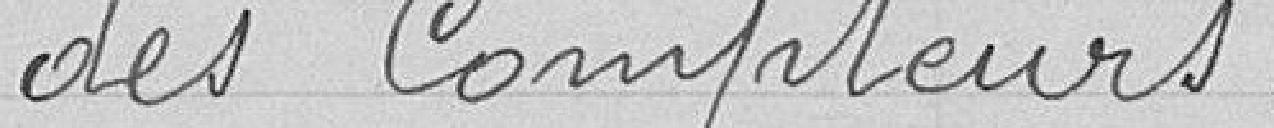
des Compteurs.